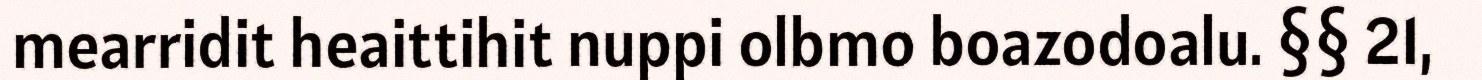
mearridit heaittihit nuppi olbmo boazodoalu. §§ 21,